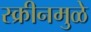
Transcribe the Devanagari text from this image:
स्क्रीनमुळे